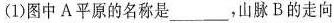
(1)图中A平原的名称是___，山脉B的走向